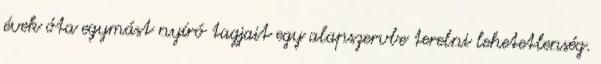
évek óta egymást nyíró tagjait egy alapszervbe terelni lehetetlenség.